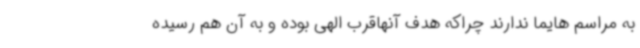
به مراسم هایما ندارند چراکه هدف آنهاقرب الهی بوده و به آن هم رسیده